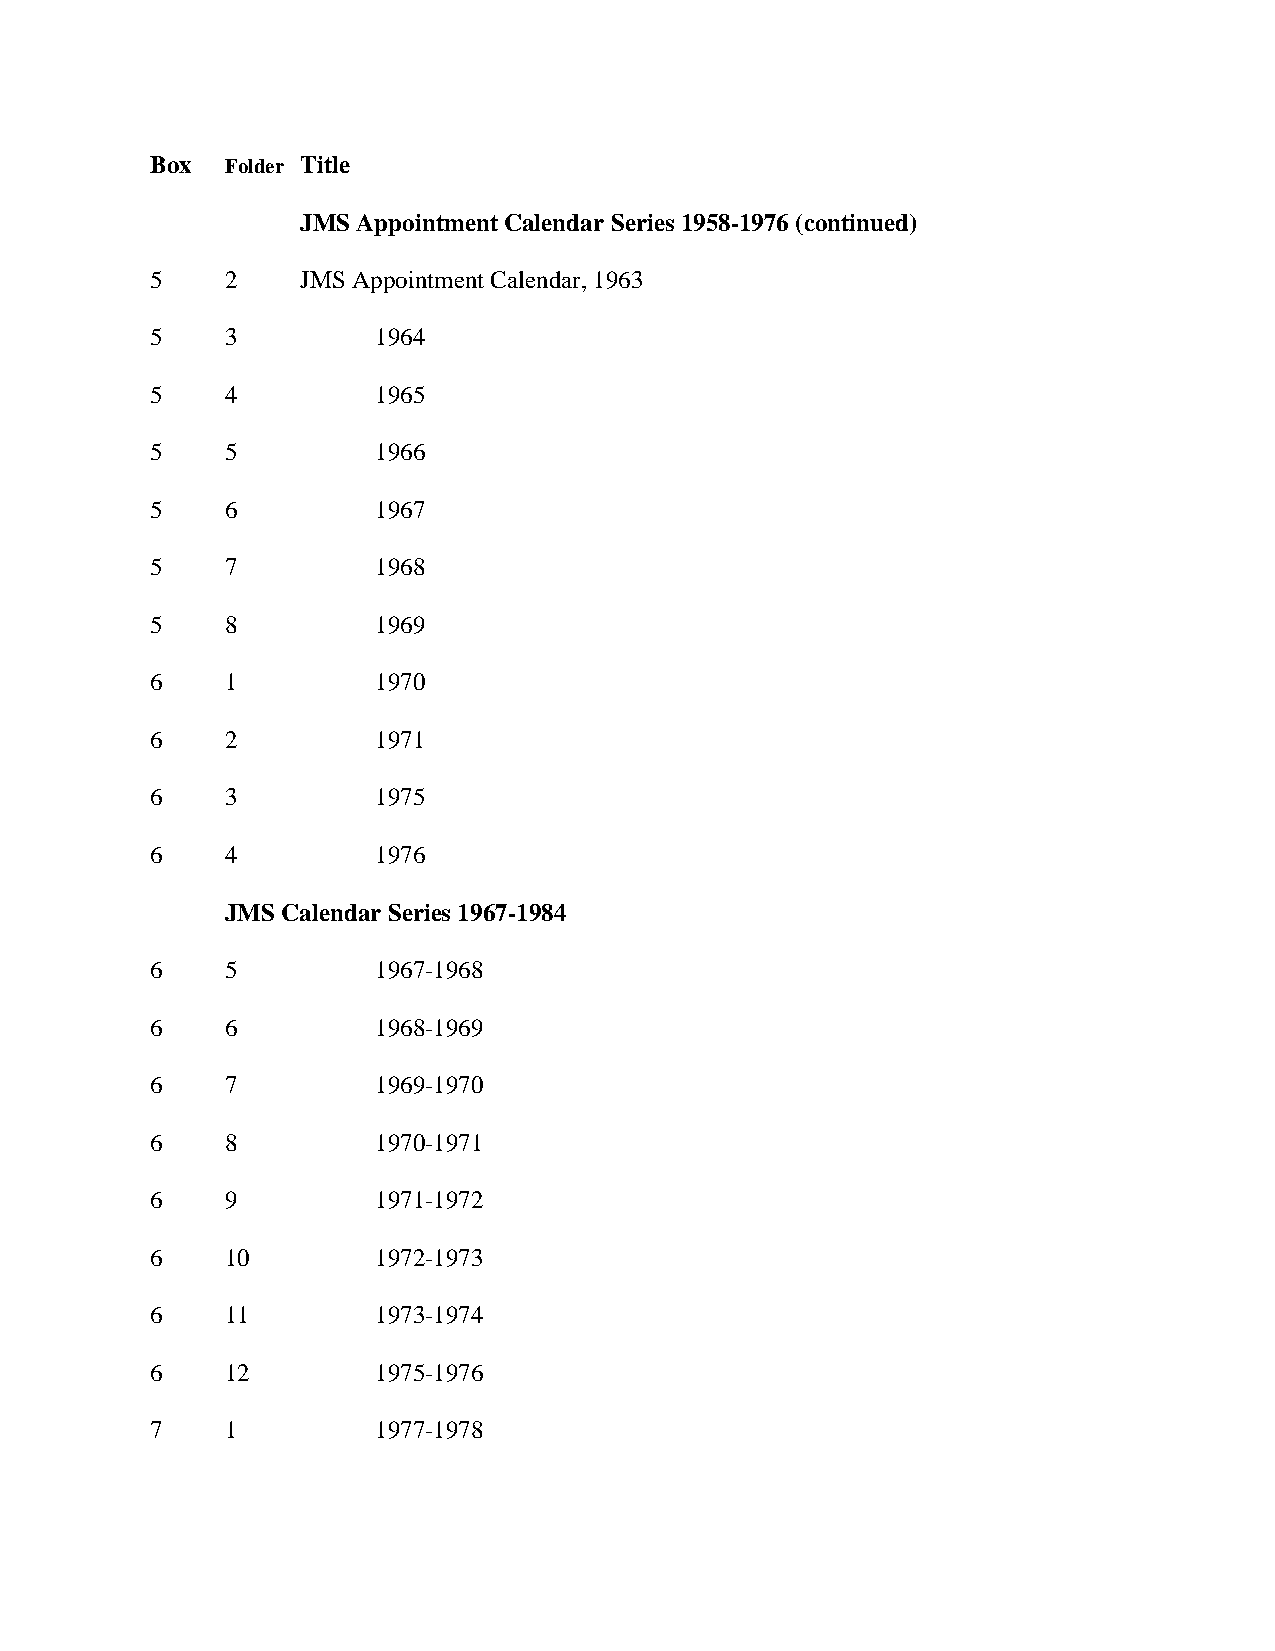
Box  Folder Title
 JMS Appointment Calendar Series 1958-1976 (continued)
 5    2    JMS Appointment Calendar, 1963
 5    3         1964
 5    4         1965
 5    5         1966
 5    6         1967
 5    7         1968
 5    8         1969
 6    1         1970
 6    2         1971
 6    3         1975
 6    4         1976
 JMS Calendar Series 1967-1984
 6    5         1967-1968
 6    6         1968-1969
 6    7         1969-1970
 6    8         1970-1971
 6    9         1971-1972
 6    10        1972-1973
 6    11        1973-1974
 6    12        1975-1976
 7    1         1977-1978